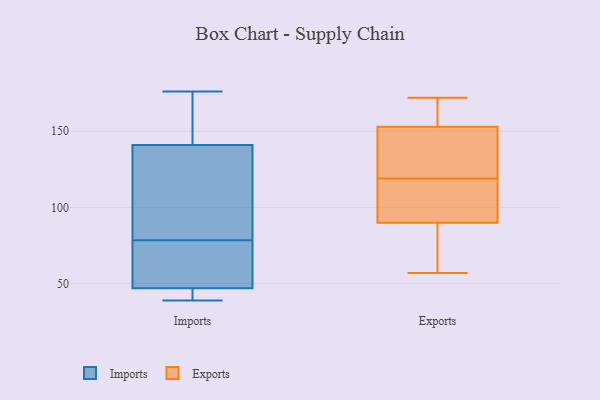
{"axis": {"x": "Net Income (USD K)", "y": "Value"}, "legend": ["Exports", "Imports"], "data": [{"x": "", "y": 146, "type": "Imports"}, {"x": "", "y": 43, "type": "Imports"}, {"x": "", "y": 60, "type": "Imports"}, {"x": "", "y": 149, "type": "Imports"}, {"x": "", "y": 80, "type": "Imports"}, {"x": "", "y": 77, "type": "Imports"}, {"x": "", "y": 176, "type": "Imports"}, {"x": "", "y": 141, "type": "Imports"}, {"x": "", "y": 81, "type": "Imports"}, {"x": "", "y": 43, "type": "Imports"}, {"x": "", "y": 47, "type": "Imports"}, {"x": "", "y": 72, "type": "Imports"}, {"x": "", "y": 110, "type": "Imports"}, {"x": "", "y": 39, "type": "Imports"}, {"x": "", "y": 69, "type": "Exports"}, {"x": "", "y": 129, "type": "Exports"}, {"x": "", "y": 57, "type": "Exports"}, {"x": "", "y": 164, "type": "Exports"}, {"x": "", "y": 172, "type": "Exports"}, {"x": "", "y": 148, "type": "Exports"}, {"x": "", "y": 89, "type": "Exports"}, {"x": "", "y": 145, "type": "Exports"}, {"x": "", "y": 109, "type": "Exports"}, {"x": "", "y": 97, "type": "Exports"}, {"x": "", "y": 91, "type": "Exports"}, {"x": "", "y": 158, "type": "Exports"}]}